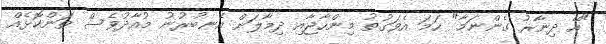
"އޭ ދިނާރު ގެންނަމާ" ހަމަ އެވަގުތު މިންހާޖާއި ދިމާލަށް އެނބުރުނު މުއާދުވެސް ތަންކޮޅެއް